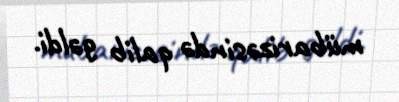
mübarizəsində qalib gəldi.